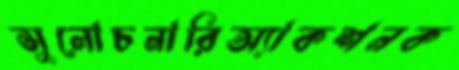
সুলোচনারিঅ্যাকশনক